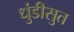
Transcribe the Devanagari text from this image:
धुंडीसुत